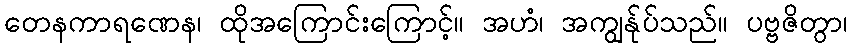
တေနကာရဏေန၊ ထိုအကြောင်းကြောင့်။ အဟံ၊ အကျွန်ုပ်သည်။ ပဗ္ဗဇိတွာ၊